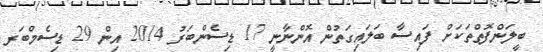
ބީލަންފޮތްތަކަށް ފައިސާ ބަލައިގަތުން އޮންނާނީ 17 ޑިސެންބަރު 2014 އިން 29 ޑިސެމްބަރ